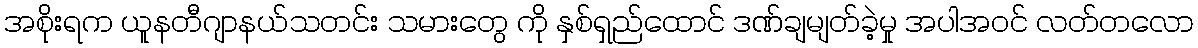
အစိုးရက ယူနတီဂျာနယ်သတင်း သမားတွေ ကို နှစ်ရှည်ထောင် ဒဏ်ချမျတ်ခဲ့မှု အပါအဝင် လတ်တလော